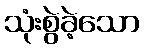
သုံးစွဲခဲ့သော